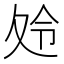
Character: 𱘣